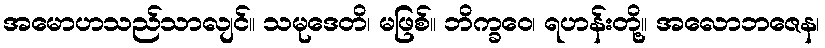
အမောဟသည်သာလျင်။ သမုဒေတိ၊ မဖြစ်။ ဘိက္ခဝေ၊ ရဟန်းတို့။ အလောဘဇေန၊